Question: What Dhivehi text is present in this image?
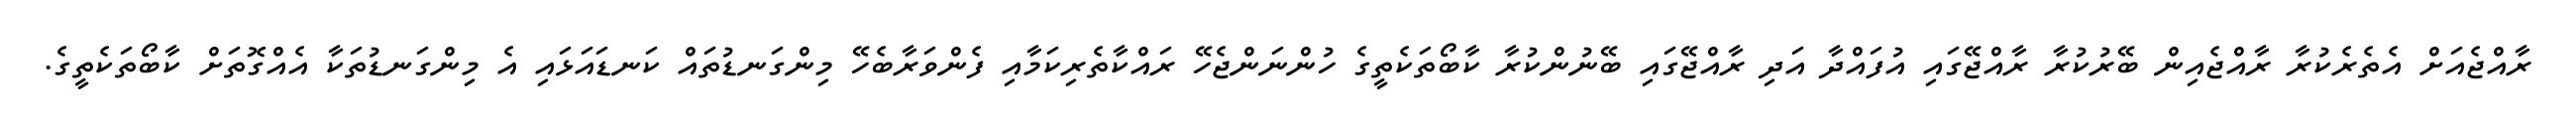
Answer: ރާއްޖެއަށް އެތެރެކުރާ ރާއްޖެއިން ބޭރުކުރާ ރާއްޖޭގައި އުފައްދާ އަދި ރާއްޖޭގައި ބޭނުންކުރާ ކާބޯތަކެތީގެ ހުންނަންޖެހޭ ރައްކާތެރިކަމާއި ފެންވަރާބެހޭ މިންގަނޑުތައް ކަނޑައަޅައި އެ މިންގަނޑުތަކާ އެއްގޮތަށް ކާބޯތަކެތީގެ.